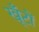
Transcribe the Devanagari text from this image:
खूँटों